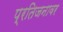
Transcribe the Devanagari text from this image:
प्रतिजनावर